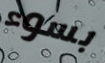
بسوء